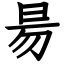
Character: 昜